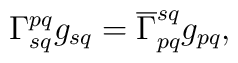
\Gamma^{pq}_{sq} g_{sq} = \overline{\Gamma}^{sq}_{pq} g_{pq},